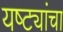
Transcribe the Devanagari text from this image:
यष्ट्यांचा